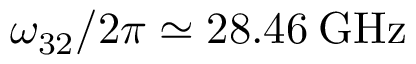
\omega _ { 3 2 } / 2 \pi \simeq 2 8 . 4 6 \: \mathrm { G H z }